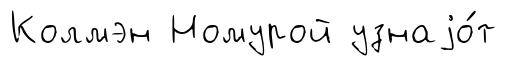
Колмэн Номурой узнаjо́т